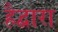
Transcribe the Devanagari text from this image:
हैद्वारा